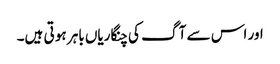
اور اس سے آ گ کی چنگاریاں باہر ہو تی ہیں۔